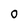
Character: 0